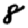
Digit: 8